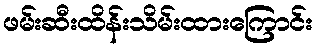
ဖမ်းဆီးထိန်းသိမ်းထားကြောင်း